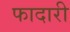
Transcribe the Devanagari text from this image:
फादारी